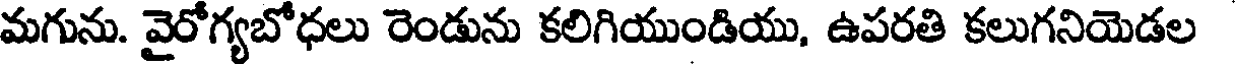
మగును. వైరోగ్యబోధలు రెండును కలిగియుండియు, ఉపరతి కలుగనియెడల